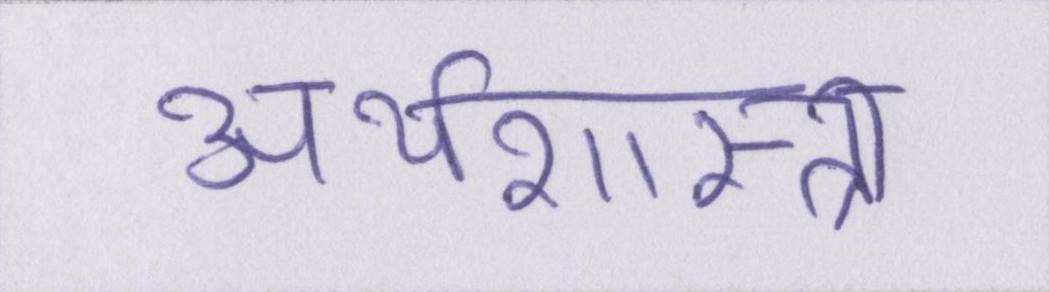
अर्थशास्त्री